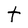
Character: t